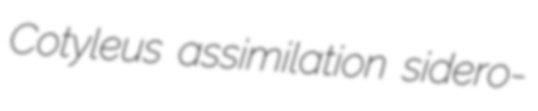
Cotyleus assimilation sidero-